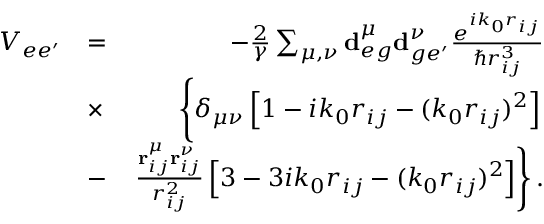
\begin{array} { r l r } { V _ { e e ^ { \prime } } } & { = } & { - \frac { 2 } { \gamma } \sum _ { \mu , \nu } \mathbf { d } _ { e g } ^ { \mu } \mathbf { d } _ { g e ^ { \prime } } ^ { \nu } \frac { e ^ { i k _ { 0 } r _ { i j } } } { \hbar r _ { i j } ^ { 3 } } } \\ & { \times } & { \left\{ \vphantom { \frac { r _ { i j } ^ { \mu } r _ { i j } ^ { \nu } } { r _ { i j } ^ { 2 } } } \delta _ { \mu \nu } \left[ 1 - i k _ { 0 } r _ { i j } - ( k _ { 0 } r _ { i j } ) ^ { 2 } \right] \right. } \\ & { - } & { \left. \frac { \mathbf { r } _ { i j } ^ { \mu } \mathbf { r } _ { i j } ^ { \nu } } { r _ { i j } ^ { 2 } } \left[ 3 - 3 i k _ { 0 } r _ { i j } - ( k _ { 0 } r _ { i j } ) ^ { 2 } \right] \right\} . } \end{array}